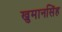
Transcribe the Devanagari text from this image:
खुमानसिंह